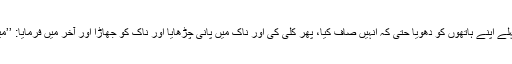
سیدنا علی رضی اللہ عنہ نے وضو فرمایا تو پہلے اپنے ہاتھوں کو دھویا حتیٰ کہ انہیں صاف کیا، پھر کلی کی اور ناک میں پانی چڑھایا اور ناک کو جھاڑا اور آخر میں فرمایا: ’’میں تمہیں رسول اللہﷺ کا وضو دکھانا چاہتا تھا۔